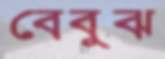
বেবুঝ